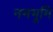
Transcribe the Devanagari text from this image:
नमभूमि